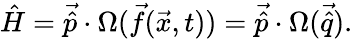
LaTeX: \hat{H}=\vec{\hat{p}}\cdot\Omega(\vec{f}(\vec{x},t))=\vec{\hat{p}}\cdot\Omega(\vec{\hat{q}}).